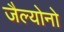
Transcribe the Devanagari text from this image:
जैल्योनो